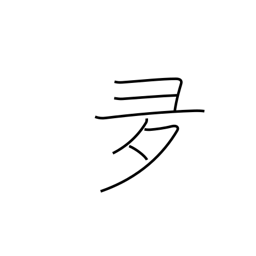
Meaning: over